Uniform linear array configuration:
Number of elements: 4
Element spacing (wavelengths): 1
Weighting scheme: uniform
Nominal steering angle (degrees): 0
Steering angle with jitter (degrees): -0.3794
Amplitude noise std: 0.05
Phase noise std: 0.05

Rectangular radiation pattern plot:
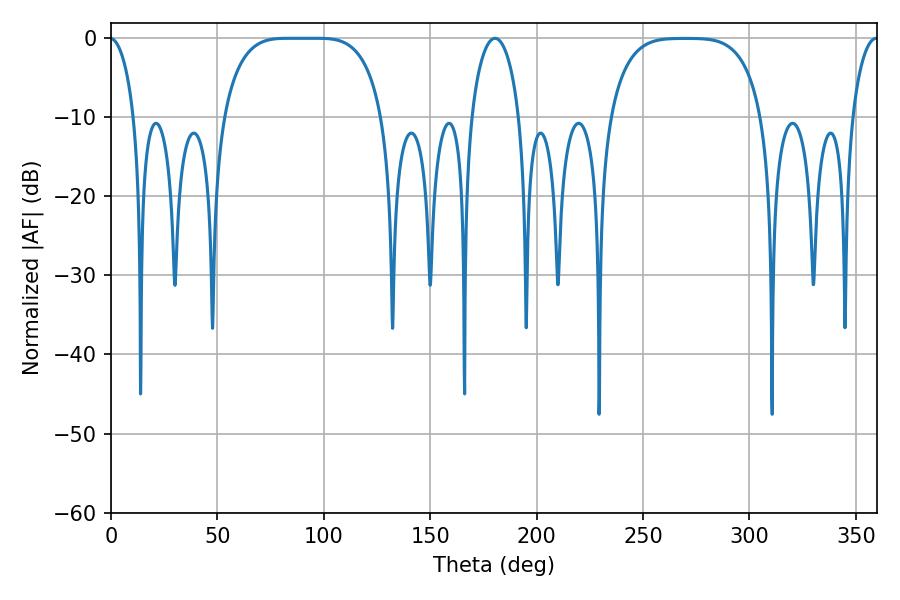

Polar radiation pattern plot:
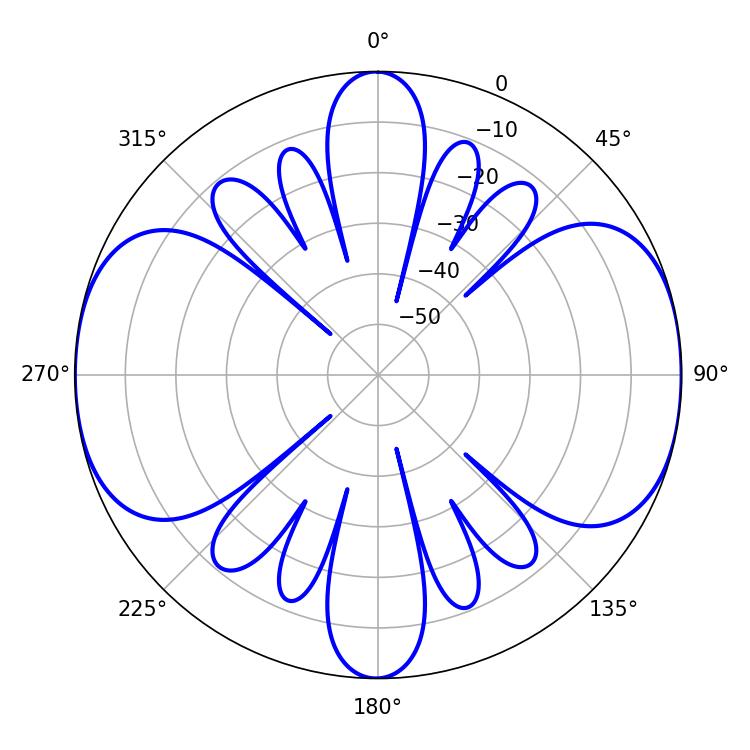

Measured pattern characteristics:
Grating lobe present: TRUE
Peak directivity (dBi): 15.076
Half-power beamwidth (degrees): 56.88
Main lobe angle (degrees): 82.8